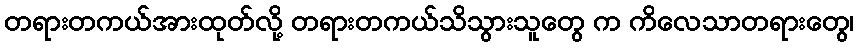
တရားတကယ်အားထုတ်လို့ တရားတကယ်သိသွားသူတွေ က ကိလေသာတရားတွေ၊